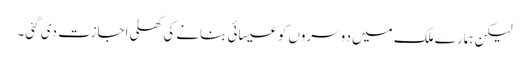
لیکن ہمارے ملک میں دوسروں کو عیسائی بنانے کی کھلی اجازت دی گئی۔